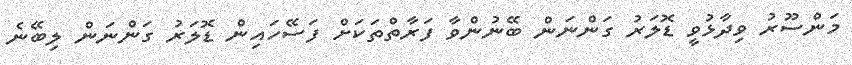
މަންސޫރު ވިދާޅުވީ ޑޮލަރު ގަންނަން ބޭނުންވާ ފަރާތްތަކަށް ފަސޭހައިން ޑޮލަރު ގަންނަން ލިބޭނެ